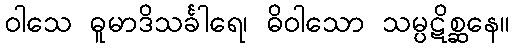
ဝါသေ ဓူမာဒိသင်္ခါရေ၊ ဓိဝါသော သမ္ပဋိစ္ဆနေ။